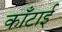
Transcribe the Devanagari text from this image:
काँटाई